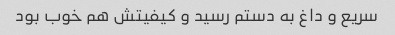
سریع و داغ به دستم رسید و کیفیتش هم خوب بود